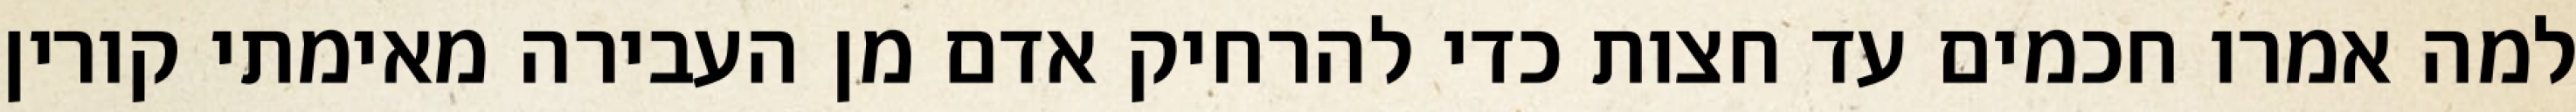
למה אמרו חכמים עד חצות כדי להרחיק אדם מן העבירה מאימתי קורין